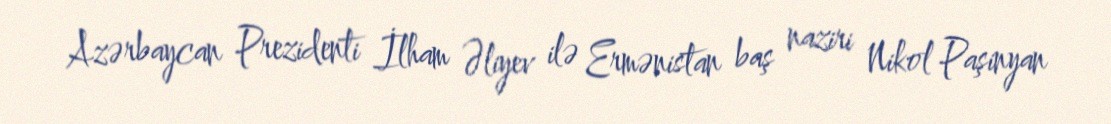
Azərbaycan Prezidenti İlham Əliyev ilə Ermənistan baş naziri Nikol Paşinyan